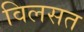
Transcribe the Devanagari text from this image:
विलसत